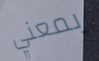
بمعني